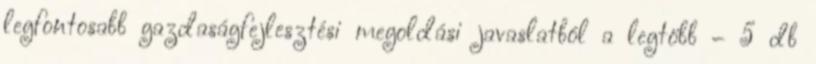
legfontosabb gazdaságfejlesztési megoldási javaslatból a legtöbb – 5 db